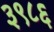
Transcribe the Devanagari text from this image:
३९८६